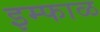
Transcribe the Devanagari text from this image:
इम्फाळ